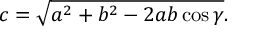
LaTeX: c = { \sqrt { a ^ { 2 } + b ^ { 2 } - 2 a b \cos \gamma } } .